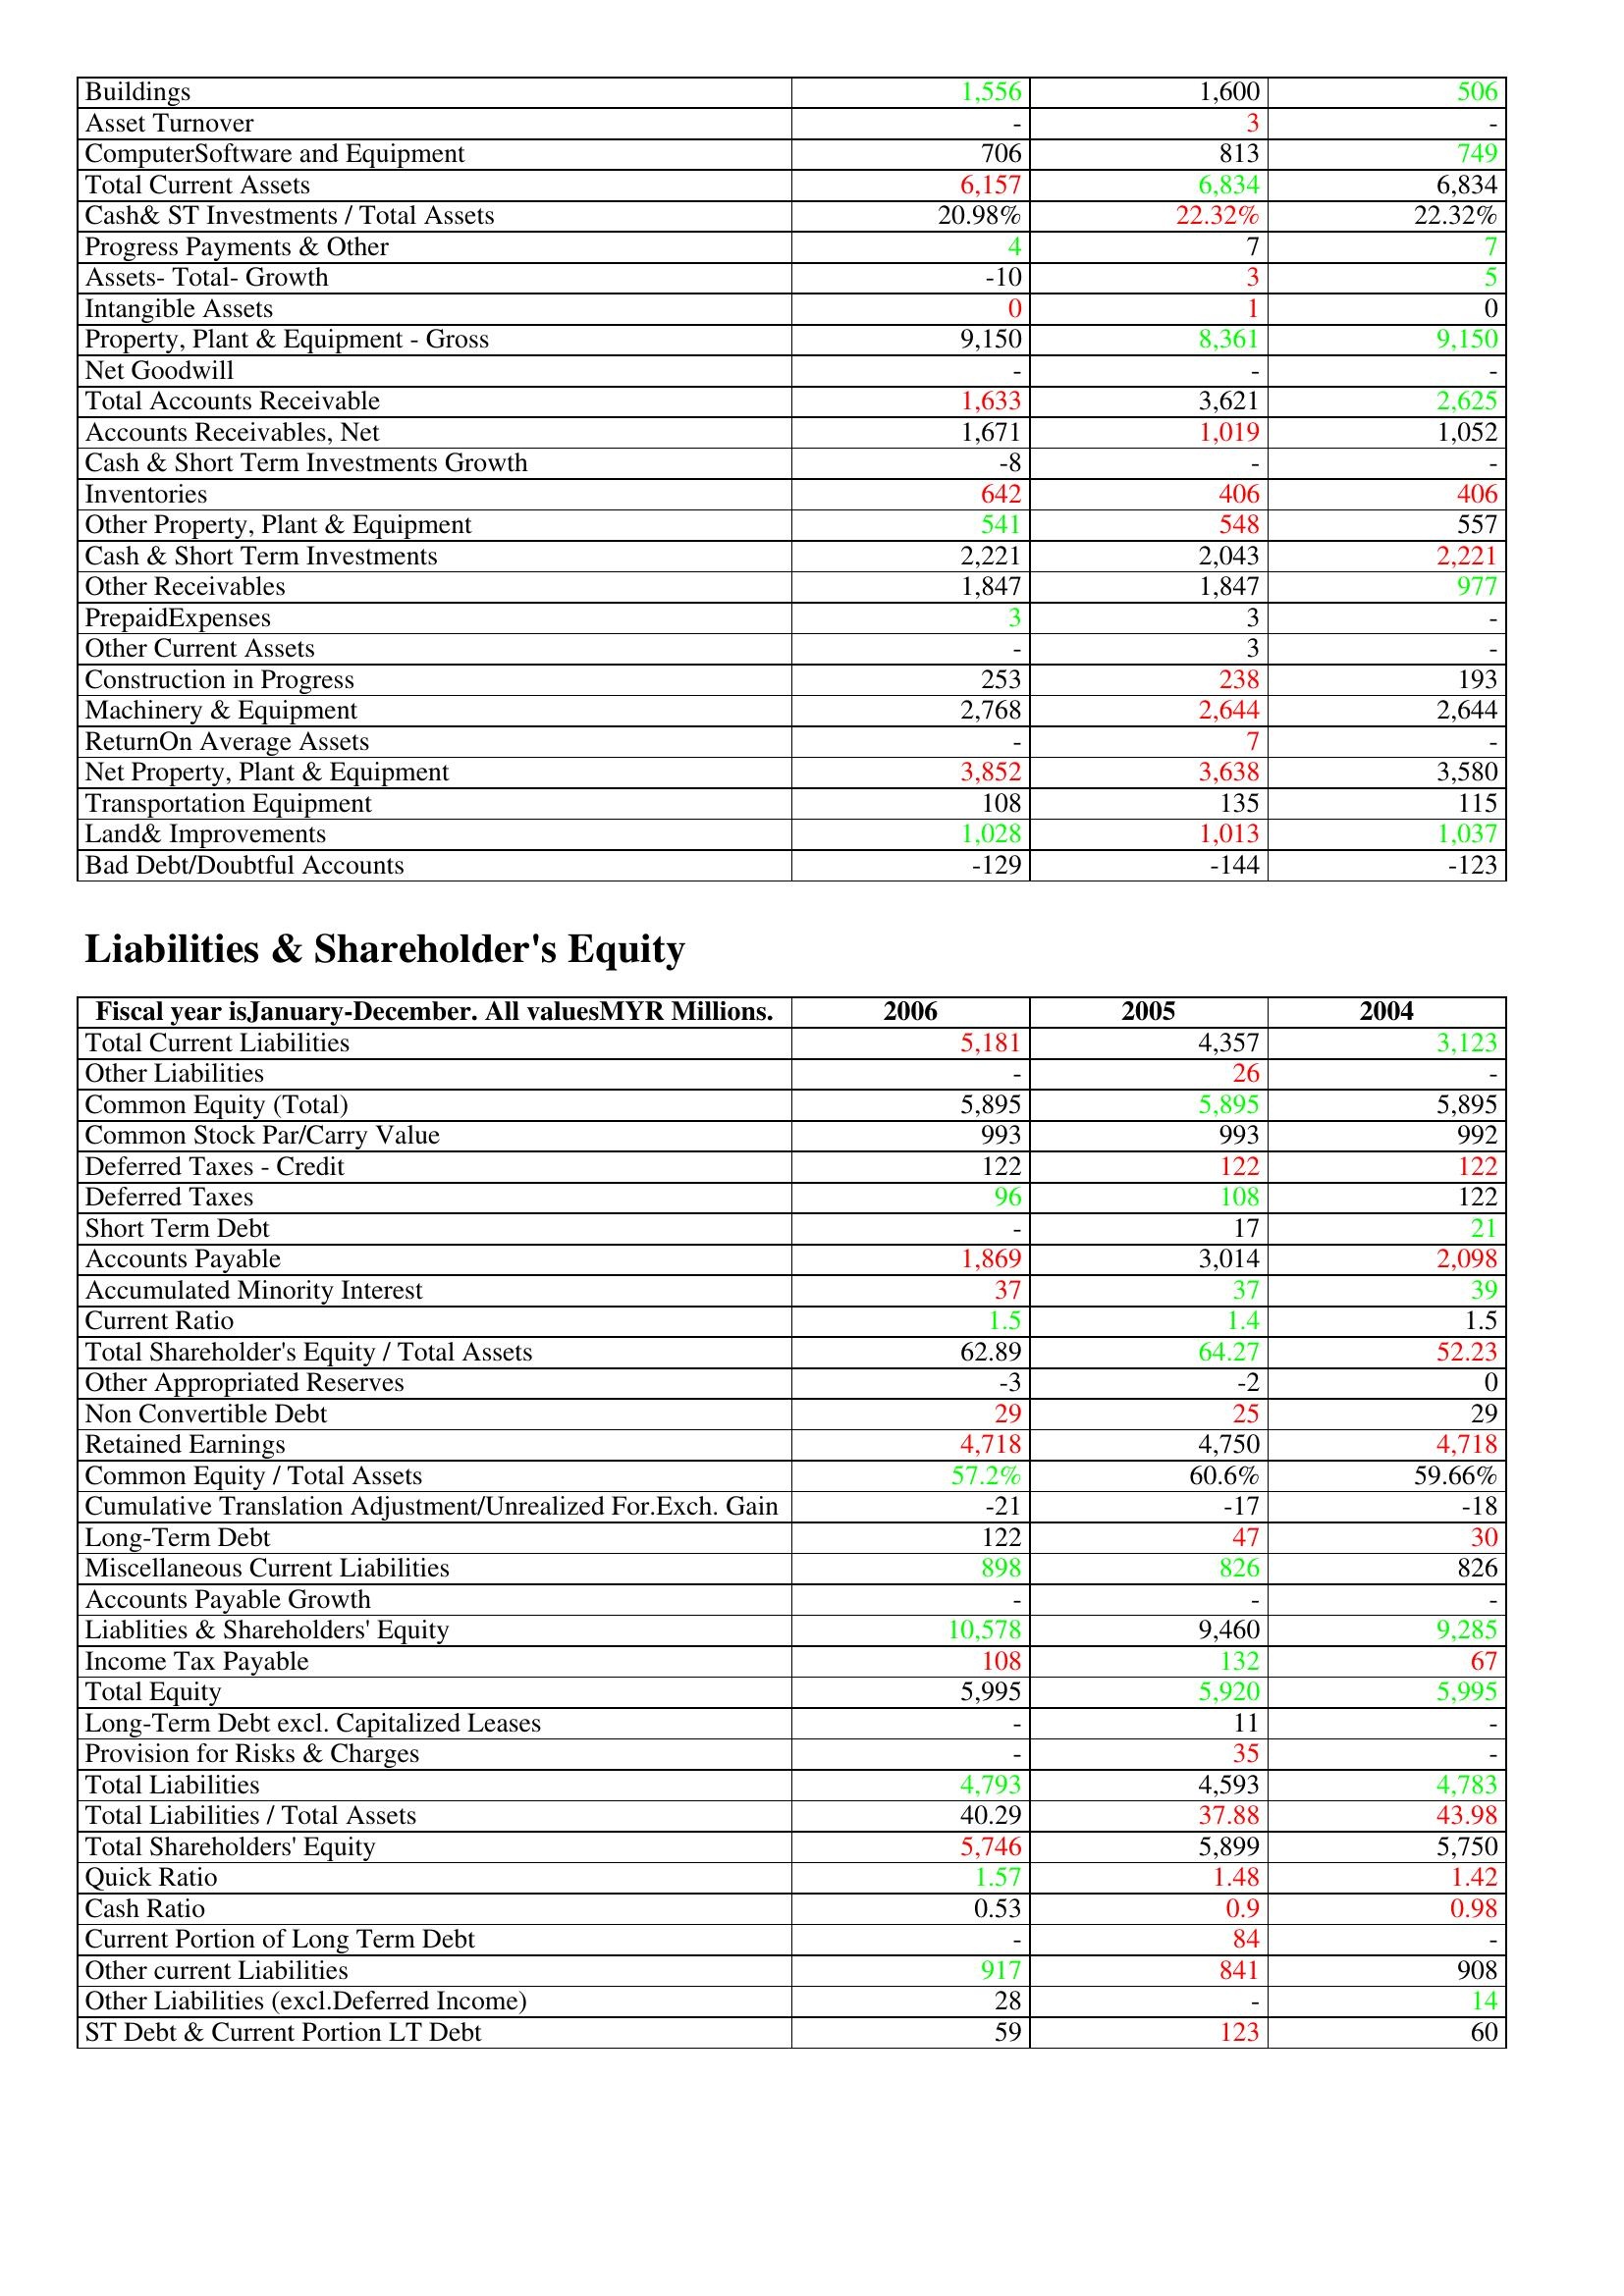
gt_parse: 2006: Assets: Buildings: 1,556
Asset Turnover: -
ComputerSoftware and Equipment: 706
Total Current Assets: 6,157
Cash& ST Investments / Total Assets: 20.98%
Progress Payments & Other: 4
Assets- Total- Growth: -10
Intangible Assets: 0
Property, Plant & Equipment - Gross : 9,150
Net Goodwill: -
Total Accounts Receivable: 1,633
Accounts Receivables, Net: 1,671
Cash & Short Term Investments Growth: -8
Inventories: 642
Other Property, Plant & Equipment: 541
Cash & Short Term Investments: 2,221
Other Receivables: 1,847
PrepaidExpenses: 3
Other Current Assets: -
Construction in Progress: 253
Machinery & Equipment: 2,768
ReturnOn Average Assets: -
Net Property, Plant & Equipment: 3,852
Transportation Equipment: 108
Land& Improvements: 1,028
Bad Debt/Doubtful Accounts: -129
Liabilities & Shareholder's Equity: Total Current Liabilities: 5,181
Other Liabilities: -
Common Equity (Total): 5,895
Common Stock Par/Carry Value: 993
Deferred Taxes - Credit: 122
Deferred Taxes: 96
Short Term Debt: -
Accounts Payable: 1,869
Accumulated Minority Interest: 37
Current Ratio: 1.5
Total Shareholder's Equity / Total Assets: 62.89
Other Appropriated Reserves: -3
Non Convertible Debt: 29
Retained Earnings: 4,718
Common Equity / Total Assets: 57.2%
Cumulative Translation Adjustment/Unrealized For.Exch. Gain: -21
Long-Term Debt: 122
Miscellaneous Current Liabilities: 898
Accounts Payable Growth: -
Liablities & Shareholders' Equity: 10,578
Income Tax Payable: 108
Total Equity: 5,995
Long-Term Debt excl. Capitalized Leases: -
Provision for Risks & Charges: -
Total Liabilities: 4,793
Total Liabilities / Total Assets: 40.29
Total Shareholders' Equity: 5,746
Quick Ratio: 1.57
Cash Ratio: 0.53
Current Portion of Long Term Debt: -
Other current Liabilities: 917
Other Liabilities (excl.Deferred Income): 28
ST Debt & Current Portion LT Debt: 59
2005: Assets: Buildings: 1,600
Asset Turnover: 3
ComputerSoftware and Equipment: 813
Total Current Assets: 6,834
Cash& ST Investments / Total Assets: 22.32%
Progress Payments & Other: 7
Assets- Total- Growth: 3
Intangible Assets: 1
Property, Plant & Equipment - Gross : 8,361
Net Goodwill: -
Total Accounts Receivable: 3,621
Accounts Receivables, Net: 1,019
Cash & Short Term Investments Growth: -
Inventories: 406
Other Property, Plant & Equipment: 548
Cash & Short Term Investments: 2,043
Other Receivables: 1,847
PrepaidExpenses: 3
Other Current Assets: 3
Construction in Progress: 238
Machinery & Equipment: 2,644
ReturnOn Average Assets: 7
Net Property, Plant & Equipment: 3,638
Transportation Equipment: 135
Land& Improvements: 1,013
Bad Debt/Doubtful Accounts: -144
Liabilities & Shareholder's Equity: Total Current Liabilities: 4,357
Other Liabilities: 26
Common Equity (Total): 5,895
Common Stock Par/Carry Value: 993
Deferred Taxes - Credit: 122
Deferred Taxes: 108
Short Term Debt: 17
Accounts Payable: 3,014
Accumulated Minority Interest: 37
Current Ratio: 1.4
Total Shareholder's Equity / Total Assets: 64.27
Other Appropriated Reserves: -2
Non Convertible Debt: 25
Retained Earnings: 4,750
Common Equity / Total Assets: 60.6%
Cumulative Translation Adjustment/Unrealized For.Exch. Gain: -17
Long-Term Debt: 47
Miscellaneous Current Liabilities: 826
Accounts Payable Growth: -
Liablities & Shareholders' Equity: 9,460
Income Tax Payable: 132
Total Equity: 5,920
Long-Term Debt excl. Capitalized Leases: 11
Provision for Risks & Charges: 35
Total Liabilities: 4,593
Total Liabilities / Total Assets: 37.88
Total Shareholders' Equity: 5,899
Quick Ratio: 1.48
Cash Ratio: 0.9
Current Portion of Long Term Debt: 84
Other current Liabilities: 841
Other Liabilities (excl.Deferred Income): -
ST Debt & Current Portion LT Debt: 123
2004: Assets: Buildings: 506
Asset Turnover: -
ComputerSoftware and Equipment: 749
Total Current Assets: 6,834
Cash& ST Investments / Total Assets: 22.32%
Progress Payments & Other: 7
Assets- Total- Growth: 5
Intangible Assets: 0
Property, Plant & Equipment - Gross : 9,150
Net Goodwill: -
Total Accounts Receivable: 2,625
Accounts Receivables, Net: 1,052
Cash & Short Term Investments Growth: -
Inventories: 406
Other Property, Plant & Equipment: 557
Cash & Short Term Investments: 2,221
Other Receivables: 977
PrepaidExpenses: -
Other Current Assets: -
Construction in Progress: 193
Machinery & Equipment: 2,644
ReturnOn Average Assets: -
Net Property, Plant & Equipment: 3,580
Transportation Equipment: 115
Land& Improvements: 1,037
Bad Debt/Doubtful Accounts: -123
Liabilities & Shareholder's Equity: Total Current Liabilities: 3,123
Other Liabilities: -
Common Equity (Total): 5,895
Common Stock Par/Carry Value: 992
Deferred Taxes - Credit: 122
Deferred Taxes: 122
Short Term Debt: 21
Accounts Payable: 2,098
Accumulated Minority Interest: 39
Current Ratio: 1.5
Total Shareholder's Equity / Total Assets: 52.23
Other Appropriated Reserves: 0
Non Convertible Debt: 29
Retained Earnings: 4,718
Common Equity / Total Assets: 59.66%
Cumulative Translation Adjustment/Unrealized For.Exch. Gain: -18
Long-Term Debt: 30
Miscellaneous Current Liabilities: 826
Accounts Payable Growth: -
Liablities & Shareholders' Equity: 9,285
Income Tax Payable: 67
Total Equity: 5,995
Long-Term Debt excl. Capitalized Leases: -
Provision for Risks & Charges: -
Total Liabilities: 4,783
Total Liabilities / Total Assets: 43.98
Total Shareholders' Equity: 5,750
Quick Ratio: 1.42
Cash Ratio: 0.98
Current Portion of Long Term Debt: -
Other current Liabilities: 908
Other Liabilities (excl.Deferred Income): 14
ST Debt & Current Portion LT Debt: 60